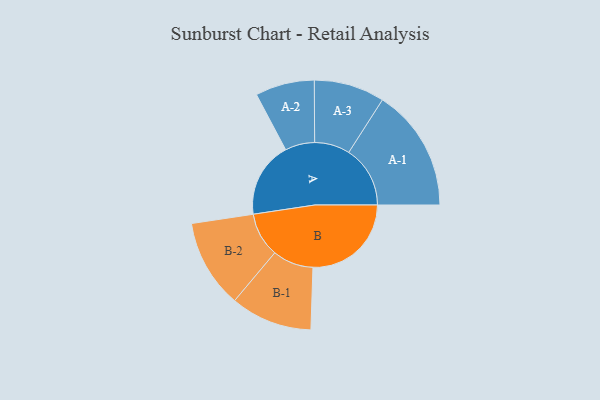
{"axis": {"x": "Segment", "y": "Value"}, "legend": ["", "A", "B"], "data": [{"x": "A", "y": 368, "type": ""}, {"x": "B", "y": 479, "type": ""}, {"x": "A-1", "y": 299, "type": "A"}, {"x": "A-2", "y": 144, "type": "A"}, {"x": "A-3", "y": 172, "type": "A"}, {"x": "B-1", "y": 199, "type": "B"}, {"x": "B-2", "y": 216, "type": "B"}]}